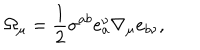
LaTeX: \Omega _ { \mu } = \frac { 1 } { 2 } \sigma ^ { a b } e _ { a } ^ { \nu } \nabla _ { \mu } e _ { b \nu } ,